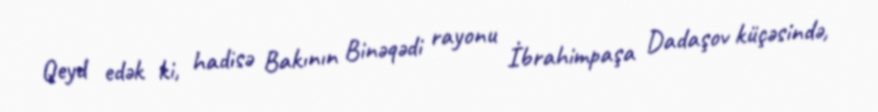
Qeyd edək ki, hadisə Bakının Binəqədi rayonu İbrahimpaşa Dadaşov küçəsində,